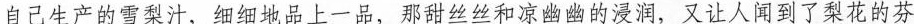
自己生产的雪梨汁，细细地品上一品，那甜丝丝和凉幽幽的浸润，又让人闻到了梨花的芬